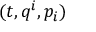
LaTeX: ( t , q ^ { i } , p _ { i } )